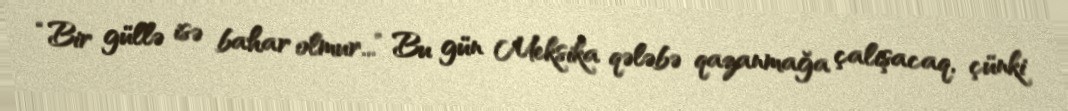
“Bir güllə isə bahar olmur...” Bu gün Meksika qələbə qazanmağa çalışacaq, çünki